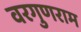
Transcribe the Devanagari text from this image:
वरगुणराम